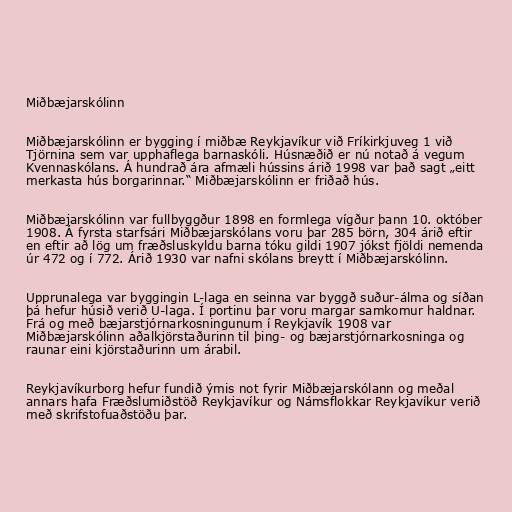
Miðbæjarskólinn

Miðbæjarskólinn er bygging í miðbæ Reykjavíkur við Fríkirkjuveg 1 við
Tjörnina sem var upphaflega barnaskóli. Húsnæðið er nú notað á vegum
Kvennaskólans. Á hundrað ára afmæli hússins árið 1998 var það sagt „eitt
merkasta hús borgarinnar.“ Miðbæjarskólinn er friðað hús.

Miðbæjarskólinn var fullbyggður 1898 en formlega vígður þann 10. október
1908. Á fyrsta starfsári Miðbæjarskólans voru þar 285 börn, 304 árið eftir
en eftir að lög um fræðsluskyldu barna tóku gildi 1907 jókst fjöldi nemenda
úr 472 og í 772. Árið 1930 var nafni skólans breytt í Miðbæjarskólinn.

Upprunalega var byggingin L-laga en seinna var byggð suður-álma og síðan
þá hefur húsið verið U-laga. Í portinu þar voru margar samkomur haldnar.
Frá og með bæjarstjórnarkosningunum í Reykjavík 1908 var
Miðbæjarskólinn aðalkjörstaðurinn til þing- og bæjarstjórnarkosninga og
raunar eini kjörstaðurinn um árabil.

Reykjavíkurborg hefur fundið ýmis not fyrir Miðbæjarskólann og meðal
annars hafa Fræðslumiðstöð Reykjavíkur og Námsflokkar Reykjavíkur verið
með skrifstofuaðstöðu þar.